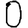
Digit: 0